Statistical return of the lunatic asylum in Assam - 1912-1932
Year: 1912
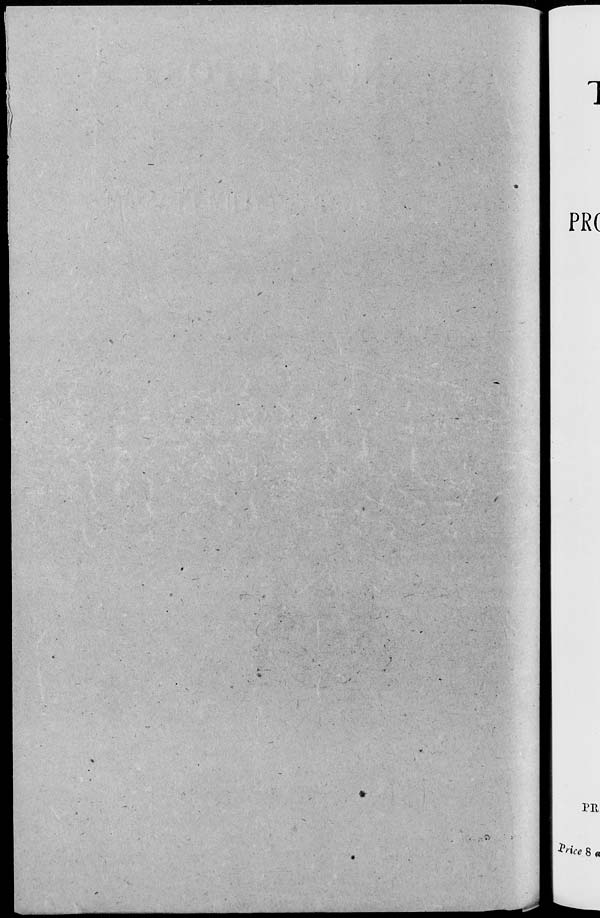
1
PR(
PR
*H ice 8 a